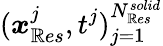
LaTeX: (\boldsymbol{x}_{\mathbb{R}es}^{j},t^{j})_{j=1}^{N_{\mathbb{R}es}^{solid}}